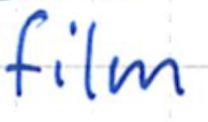
Text: film
Cross-out: clean
Writing tool: ballpoint